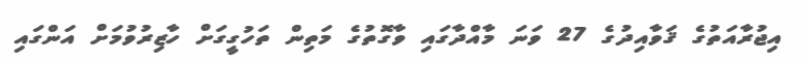
އިޖުރާއަތުގެ ޤަވާއިދުގެ 27 ވަނަ މާއްދާގައި ވާގޮތުގެ މަތިން ތަހުގީގަށް ހާޒިރުވުމަށް އަންގައި